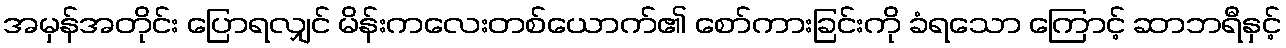
အမှန်အတိုင်း ပြောရလျှင် မိန်းကလေးတစ်ယောက်၏ စော်ကားခြင်းကို ခံရသော ကြောင့် ဆာဘရီနှင့်